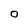
Character: O